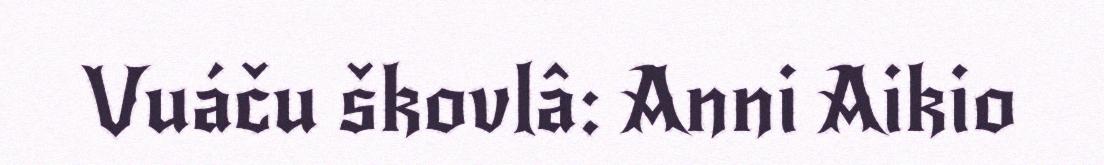
Vuáču škovlâ: Anni Aikio